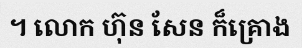
។ លោក ហ៊ុន សែន ក៏គ្រោង